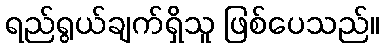
ရည်ရွယ်ချက်ရှိသူ ဖြစ်ပေသည်။